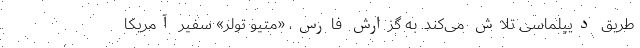
طریق دیپلماسی تلاش می‌کند. به گزارش فارس، «متیو تولر» سفیر آمریکا